Insane asylums Bombay 1873-77 - 1873-1877
Year: 1873
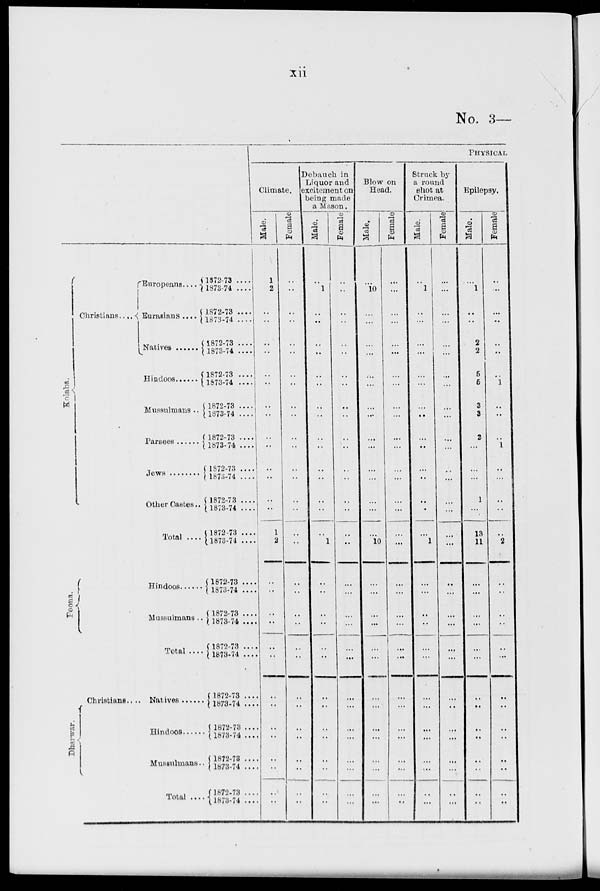
xii
No. 3—
Kolaba.
Christians.. ..
Europeans....
Eurasians ....
Natives .....
Hindoos .....
Mussulmans ..
Parsees .....
Jews .....
Other Castes..
Total ....
Poona.
Hindoos .....
Mussulmans .
Total ...
Dharwar.
Christians.. .
Natives .....
Hindoos .....
Mussulmans ..
Total ...
1872-73 ....
1873-74 ....
1872-73 ....
1873-74 ....
1872-73 ....
1873-74 ....
1872-73 .....
1873-74 ....
1872-73 ....
1873-74 ....
1872-73 ....
1873-74 ....
1872-73 ....
1873-74 ....
1872-73 ....
1873-74 ....
1872-73 ....
1873-74 ....
1872-73 ....
1873-74 ....
1872-73 ....
1873-74 ....
1872-73 ....
1873-74
1872-73 ...
1873-74
...
1872-73 ...
1873-74 ...
1872-73 ...
1873-74 ...
1872-73 ...
1873-74 ...
PHYSICAL
Climate.
Male.
1
2
..
..
..
..
..
..
..
..
..
..
..
..
..
..
1
2
..
..
..
..
..
..
..
..
..
..
..
..
..
..
Female
..
..
..
..
..
..
..
..
..
..
..
..
..
..
..
..
..
..
..
..
..
..
..
..
..
..
..
..
..
..
..
Debauch in
Liquor and
excitement on
being made
a Mason.
Male.
..
1
..
..
..
..
..
..
..
..
..
..
..
..
..
..
.. 1
..
..
..
..
..
..
..
..
..
..
..
..
..
..
Female
..
..
..
..
..
..
..
..
..
..
..
..
..
..
..
..
..
..
..
...
..
...
..
...
..
...
..
...
..
...
..
...
Blow on
Head.
Male.
..
10
...
...
..
...
..
...
...
..
..
...
..
...
..
...
...
10
..
...
..
...
..
..
..
...
..
...
..
...
..
...
Female.
..
...
...
...
...
..
..
...
...
...
..
...
..
...
..
...
...
...
..
...
..
...
..
...
..
...
..
...
..
...
..
..
Struck by
a round
Shot at
Crimea.
Male.
..
1
..
...
...
..
..
...
...
..
..
..
..
..
..
..
..
1
..
...
..
..
..
..
..
...
..
...
..
...
..
...
Female.
..
...
...
...
...
..
...
...
...
..
...
..
...
...
...
..
...
..
...
..
...
...
...
..
..
..
...
..
...
..
...
Epilepsy.
Male.
..
1
..
..
2
2
5
5
3
3
2
...
..
...
1
...
13
11
...
...
..
...
..
..
..
..
..
..
..
..
..
..
Female.
..
..
...
..
...
..
..
1
..
..
..
1
..
...
..
..
..
2
..
..
..
..
..
..
..
..
..
..
..
..
..
..